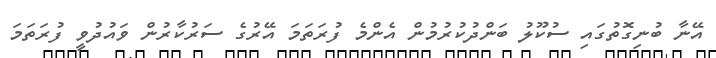
އޭނާ ބުނިގޮތުގައި ސުކޫލު ބަންދުކުރުމުން އެންމެ ފުރަތަމަ އޭރުގެ ސަރުކާރުން ވައުދުވީ ފުރަތަމަ